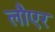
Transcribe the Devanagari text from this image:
लौएर